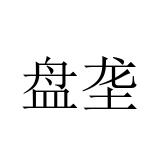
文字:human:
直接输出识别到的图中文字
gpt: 盘垄